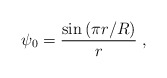
\begin{align*}\psi_0=\frac{\sin\left( \pi r/R\right)}{r}\;,\end{align*}